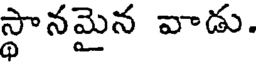
స్థానమైన వాడు.